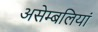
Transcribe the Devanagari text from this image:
असेम्बलियां